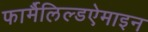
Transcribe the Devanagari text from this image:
फार्मैलिल्डऐमाइन